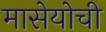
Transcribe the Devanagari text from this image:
मासेयोची